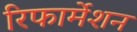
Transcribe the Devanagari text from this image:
रिफार्मेशन